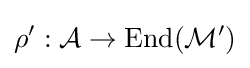
\rho ':{\mathcal {A}}\to \mathrm {End} ({\mathcal {M}}')